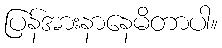
ပြန်အားနာနေမိတာပါ။